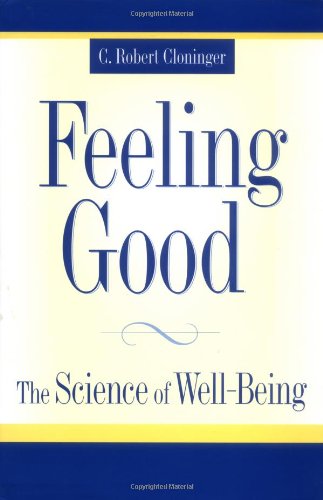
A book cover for Feeling Good: The Science of Well-Being; C. Robert Cloninger; Medical Books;